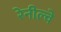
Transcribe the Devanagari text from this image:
रेनील्वे